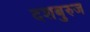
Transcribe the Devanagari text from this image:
दशबुरुज